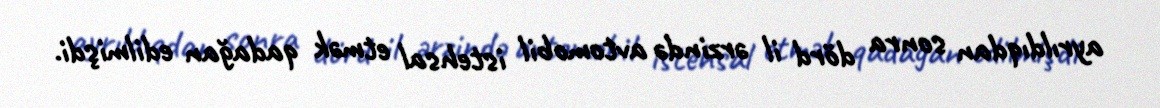
ayrıldıqdan sonra dörd il ərzində avtomobil istehsal etmək qadağan edilmişdi.